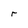
Character: r